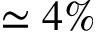
\simeq 4 \%